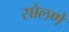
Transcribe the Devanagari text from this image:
सोलणे